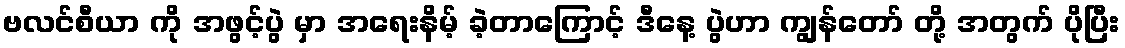
ဗလင်စီယာ ကို အဖွင့်ပွဲ မှာ အရေးနိမ့် ခဲ့တာကြောင့် ဒီနေ့ ပွဲဟာ ကျွန်တော် တို့ အတွက် ပိုပြီး